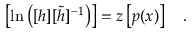
\left[ \ln \left( [ h ] [ \tilde { h } ] ^ { - 1 } \right) \right] = z \left[ p ( x ) \right] ~ ~ ~ .